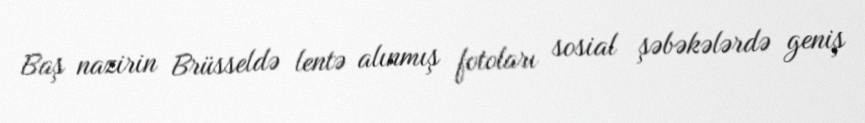
Baş nazirin Brüsseldə lentə alınmış fotoları sosial şəbəkələrdə geniş